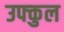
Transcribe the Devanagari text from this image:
उफ्कुल